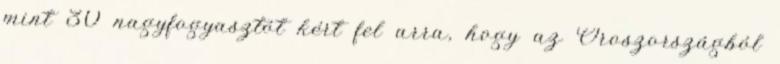
mint 30 nagyfogyasztót kért fel arra, hogy az Oroszországból